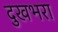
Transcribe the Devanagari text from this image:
दुखभरा